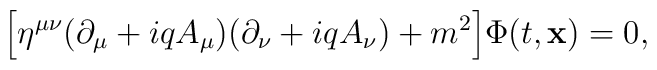
\Bigl[ \eta^{\mu \nu} (\partial_{\mu} + iq A_{\mu}) (\partial_{\nu} + i qA_{\nu})  + m^2 \Bigr] \Phi (t, {\bf x}) = 0,